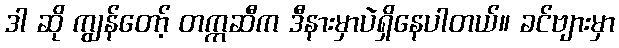
ဒါ ဆို ကျွန်တော့် တက္ကဆီက ဒီနားမှာပဲရှိနေပါတယ်။ ခင်ဗျားမှာ